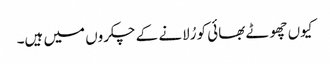
کیوں چھوٹے بھائی کو رُلانے کے چکروں میں ہیں۔